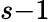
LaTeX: s{-1}